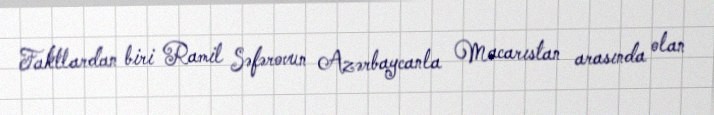
Faktlardan biri Ramil Səfərovun Azərbaycanla Macarıstan arasında olan